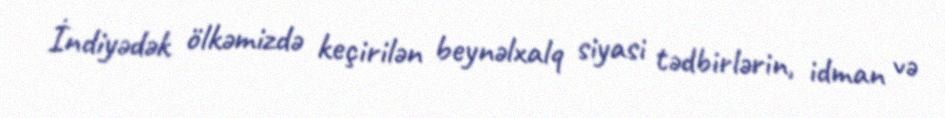
İndiyədək ölkəmizdə keçirilən beynəlxalq siyasi tədbirlərin, idman və